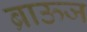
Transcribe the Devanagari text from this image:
ब्राऊज